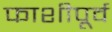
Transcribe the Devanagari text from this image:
फाशीपूर्व